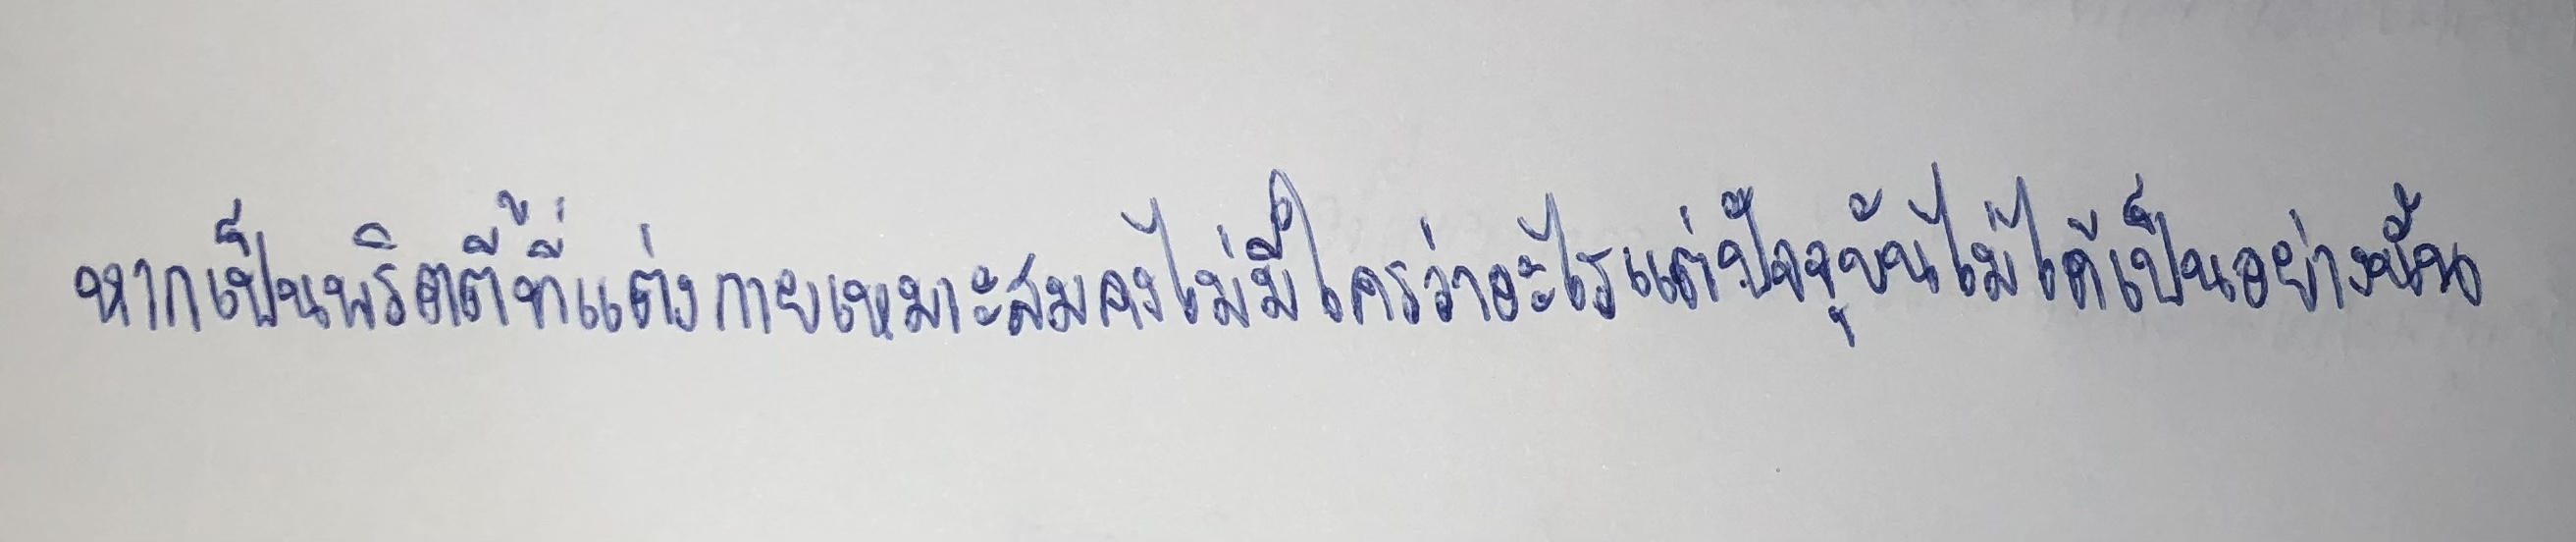
หากเป็นพริตตี้ที่แต่งกายเหมาะสมคงไม่มีใครว่าอะไรแต่ปัจจุบันไม่ได้เป็นอย่างนั้น